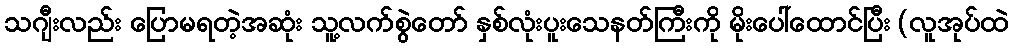
သဂျီးလည်း ပြောမရတဲ့အဆုံး သူ့လက်စွဲတော် နှစ်လုံးပူးသေနတ်ကြီးကို မိုးပေါ်ထောင်ပြီး (လူအုပ်ထဲ